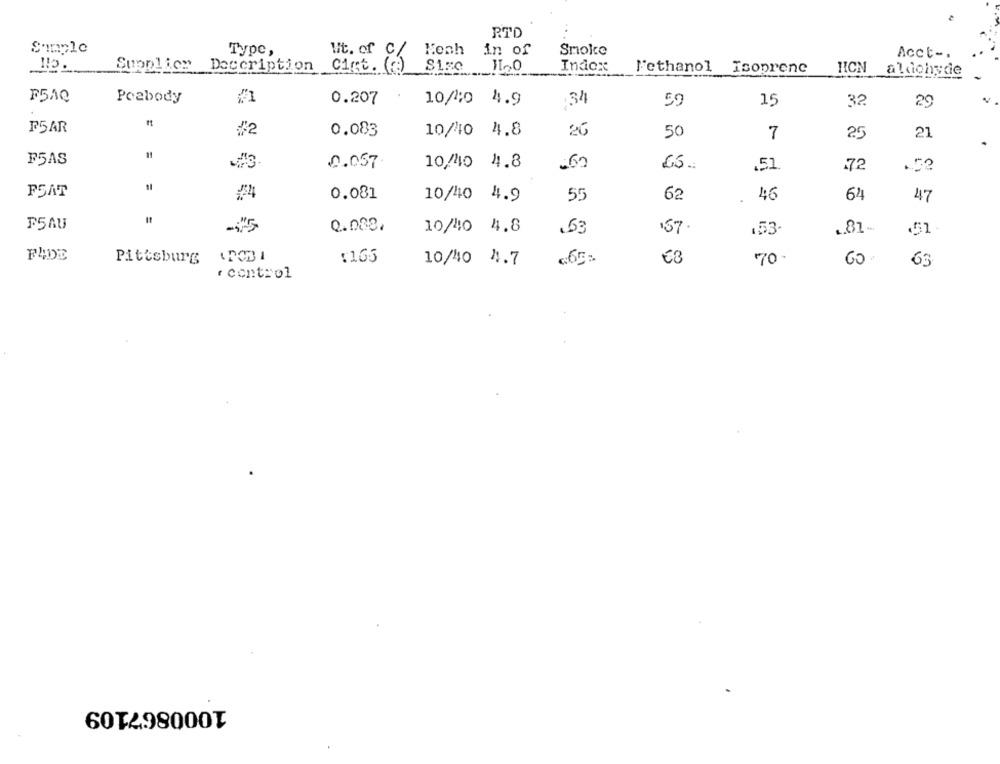
RTD
Simple
Type,
in of
Smoke
Acct -.
Wt. of C/
Supplica
Description Cist. (c)
1160
Index
l'ethanol Isoprene
HICN aldehyde
F5AQ
Peabody
0.207
10/40 4.9
34
59
15
32
29
FSAR
/2
0.083
10/410 4.8
26
50
7
25
21
F5AS
0.057
10/40 4.8
.60
.51
72
F5AT
0.081
10/40 4.9
55
62
46
62
47
F5AU
0.008.
10/40 4.8
.57.
.81
.53
.53-
F4DE
Pittsburg
:165
10/40 4.7
665:
€3
70
63
' control
1000867109